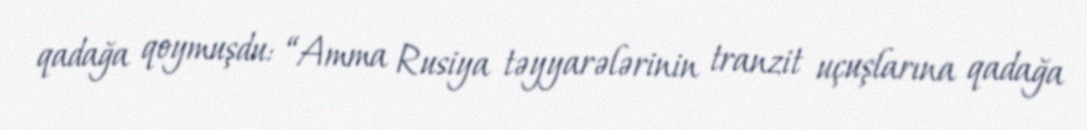
qadağa qoymuşdu: “Amma Rusiya təyyarələrinin tranzit uçuşlarına qadağa